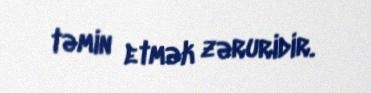
təmin etmək zəruridir.